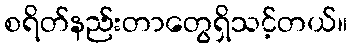
စရိတ်နည်းတာတွေရှိသင့်တယ်။